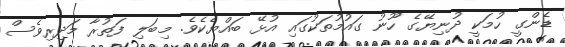
ޑެންގީ ހުމަކީ ދުނިޔޭގެ ހޫނު ގައުމުތަކުގައި އުޅޭ ބައްޔެކެވެ. މިބަލި ފަތުރާ މަދިރިވެސް